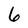
Character: 6